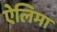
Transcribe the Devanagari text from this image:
ऐलिमा